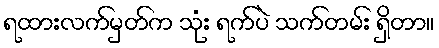
ရထားလက်မှတ်က သုံး ရက်ပဲ သက်တမ်း ရှိတာ။